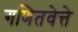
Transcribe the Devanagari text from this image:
गणितवेत्ते